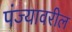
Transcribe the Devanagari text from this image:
पंज्यावरील